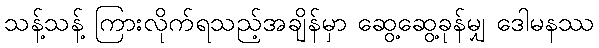
သန့်သန့် ကြားလိုက်ရသည့်အချိန်မှာ ဆွေ့ဆွေ့ခုန်မျှ ဒေါမနဿ